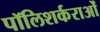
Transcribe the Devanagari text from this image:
पॉलिशर्कराओं